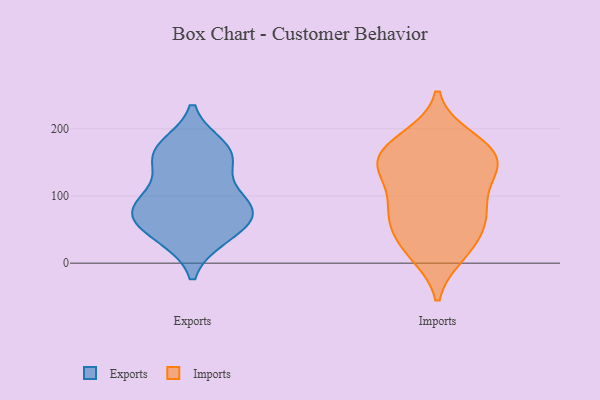
{"axis": {"x": "Production Output", "y": "Value"}, "legend": ["Exports", "Imports"], "data": [{"x": "", "y": 39, "type": "Exports"}, {"x": "", "y": 162, "type": "Exports"}, {"x": "", "y": 39, "type": "Exports"}, {"x": "", "y": 160, "type": "Exports"}, {"x": "", "y": 90, "type": "Exports"}, {"x": "", "y": 158, "type": "Exports"}, {"x": "", "y": 82, "type": "Exports"}, {"x": "", "y": 73, "type": "Exports"}, {"x": "", "y": 72, "type": "Exports"}, {"x": "", "y": 106, "type": "Exports"}, {"x": "", "y": 172, "type": "Exports"}, {"x": "", "y": 69, "type": "Exports"}, {"x": "", "y": 74, "type": "Imports"}, {"x": "", "y": 124, "type": "Imports"}, {"x": "", "y": 26, "type": "Imports"}, {"x": "", "y": 66, "type": "Imports"}, {"x": "", "y": 20, "type": "Imports"}, {"x": "", "y": 164, "type": "Imports"}, {"x": "", "y": 14, "type": "Imports"}, {"x": "", "y": 148, "type": "Imports"}, {"x": "", "y": 134, "type": "Imports"}, {"x": "", "y": 178, "type": "Imports"}, {"x": "", "y": 87, "type": "Imports"}, {"x": "", "y": 147, "type": "Imports"}, {"x": "", "y": 78, "type": "Imports"}, {"x": "", "y": 186, "type": "Imports"}, {"x": "", "y": 170, "type": "Imports"}, {"x": "", "y": 145, "type": "Imports"}, {"x": "", "y": 58, "type": "Imports"}]}